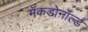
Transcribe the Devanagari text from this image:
मॅकडोनॉल्ड